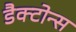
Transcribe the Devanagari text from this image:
डैक्टोन्स